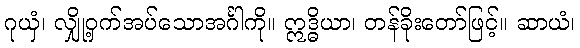
ဂုယှံ၊ လျှို့ဝှက်အပ်သောအင်္ဂါကို။ ဣဒ္ဓိယာ၊ တန်ခိုးတော်ဖြင့်။ ဆာယံ၊